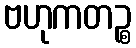
ဗဟုကတဉ္စ